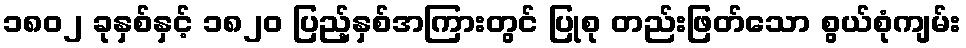
၁၈၀၂ ခုနှစ်နှင့် ၁၈၂၀ ပြည့်နှစ်အကြားတွင် ပြုစု တည်းဖြတ်သော စွယ်စုံကျမ်း